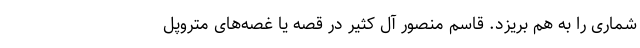
شماری را به هم بریزد. قاسم منصور آل کثیر در قصه یا غصه‌های متروپل